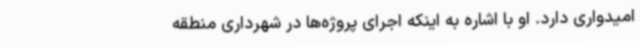
امیدواری دارد. او با اشاره به اینکه اجرای پروژه‌ها در شهرداری منطقه